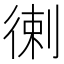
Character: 𢔯